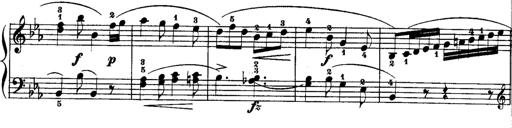
Title: Rondos and Sonatinas for Pianoforte
Composer: Daniel Steibelt